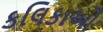
કલિકાઓ